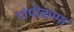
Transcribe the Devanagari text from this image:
गोपीकम्मा